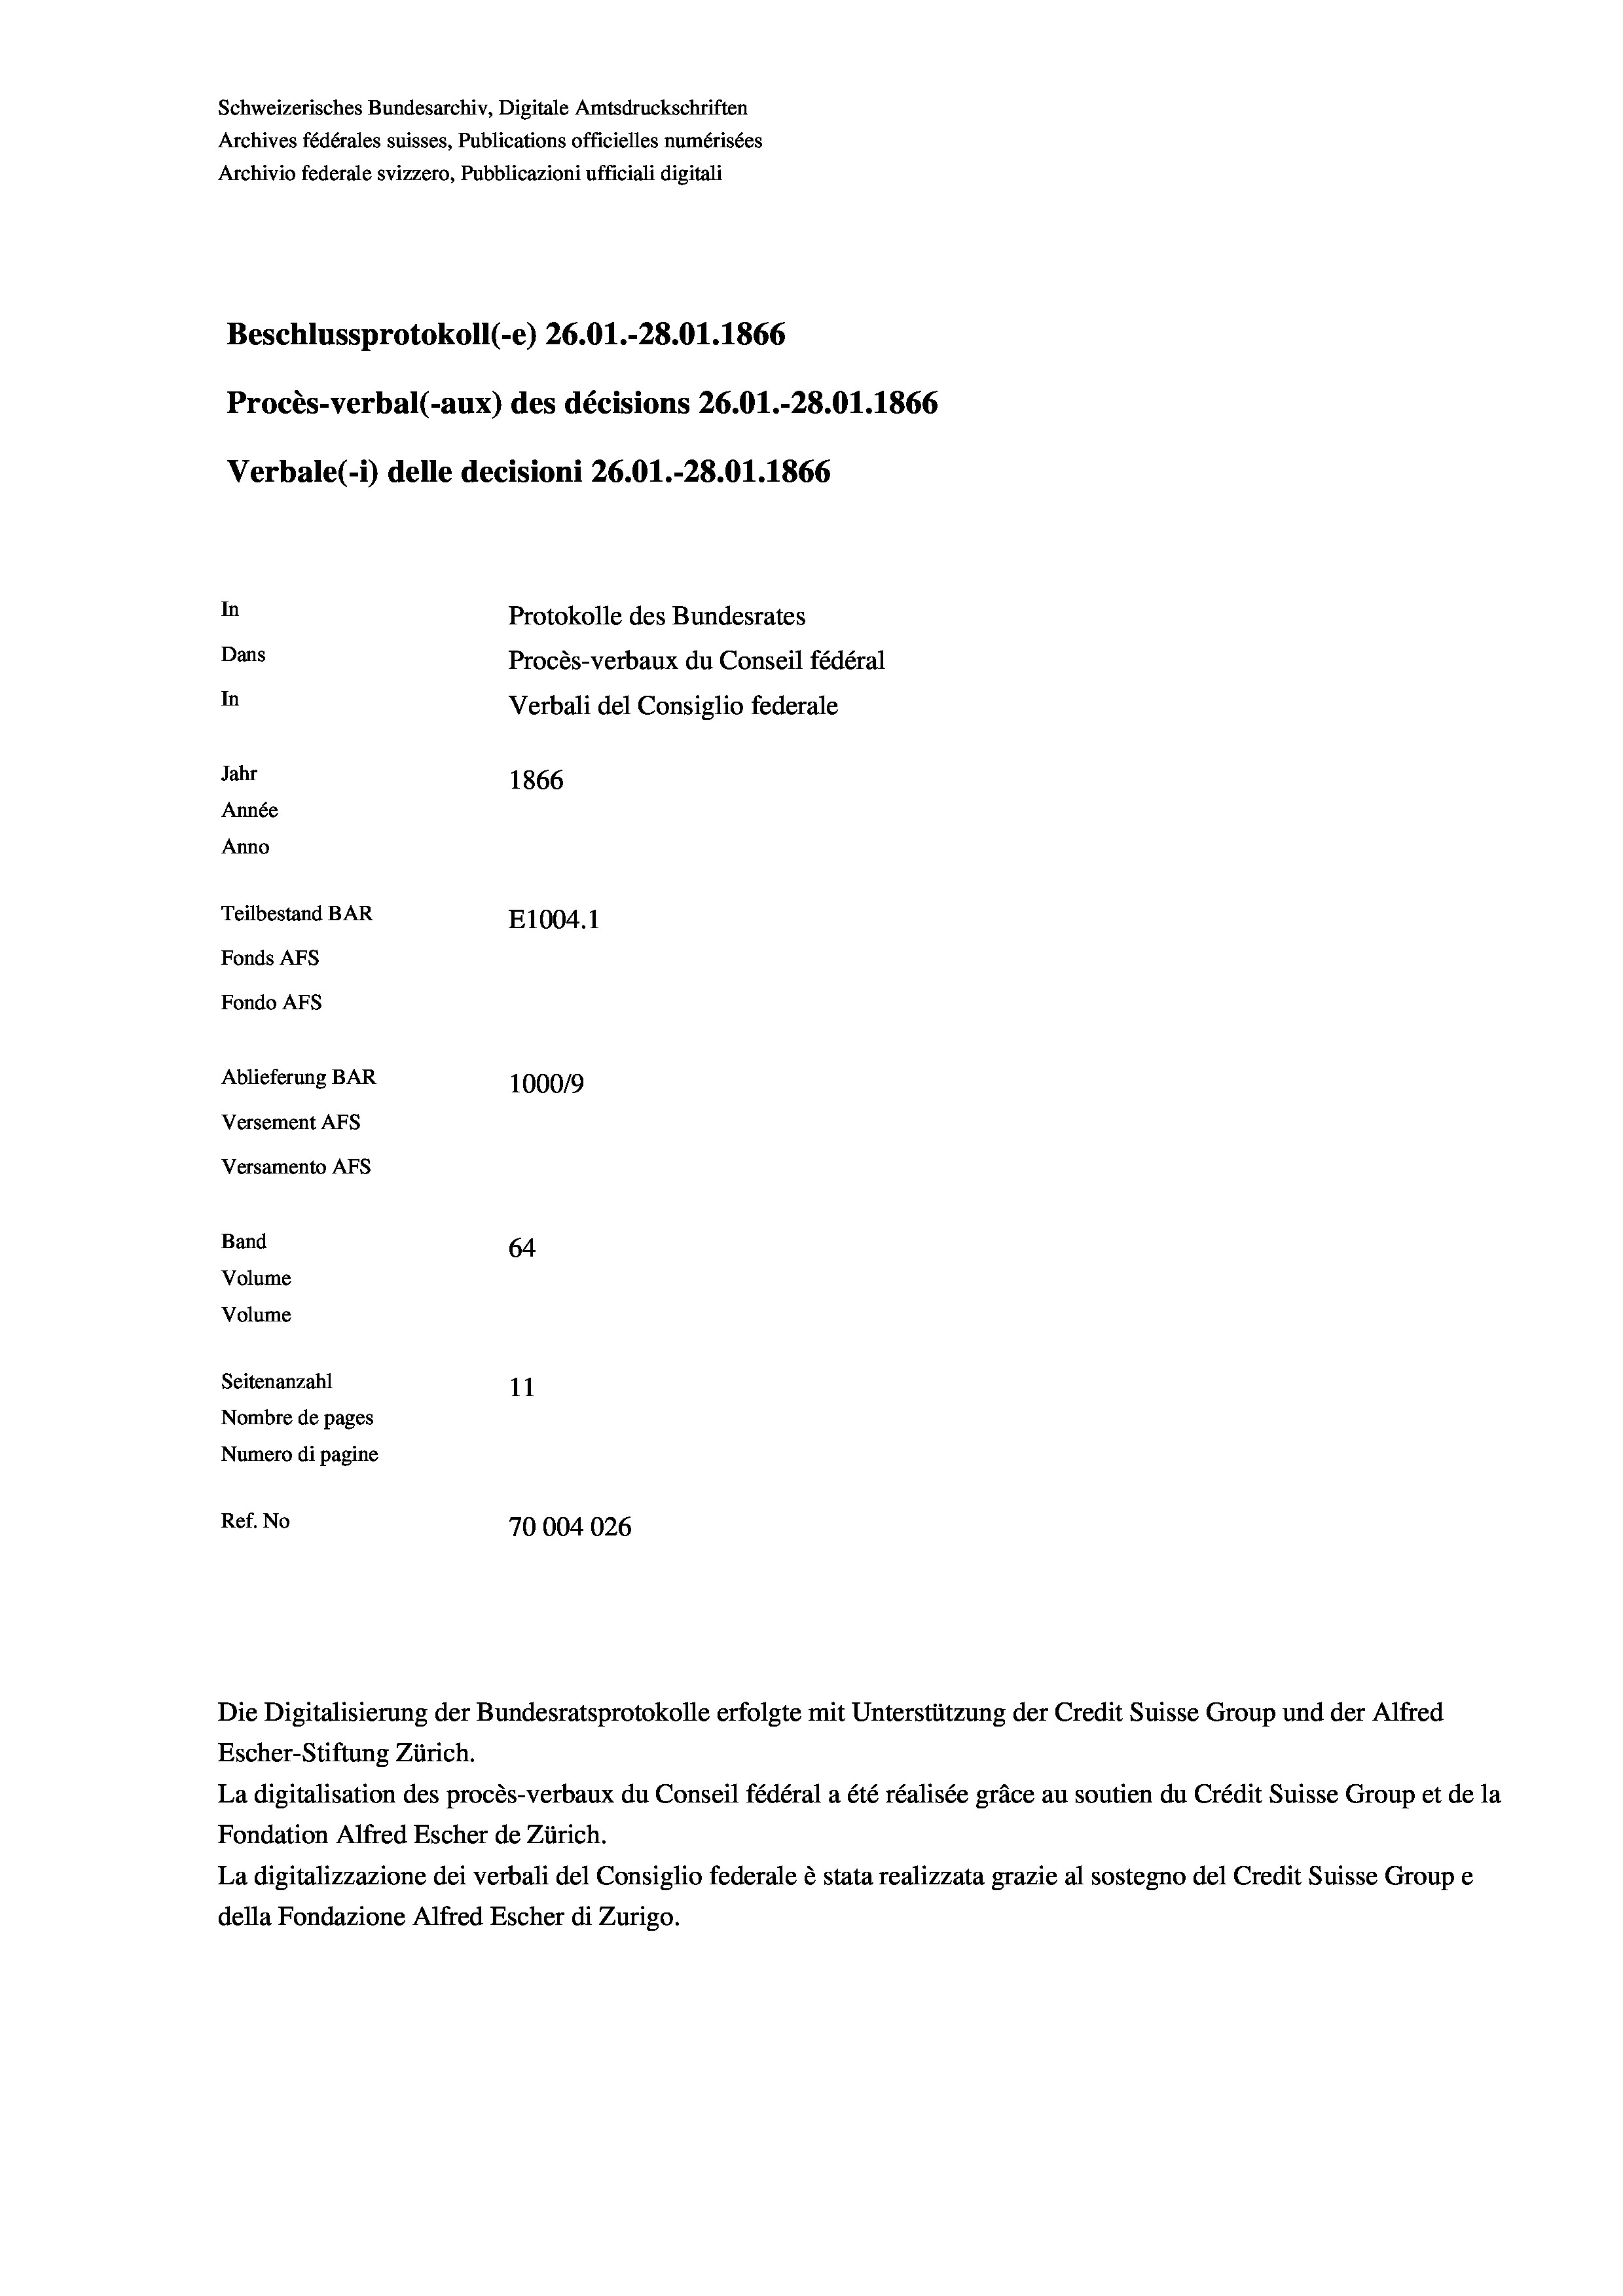
Schweizerisches Bundesarchiv, Digitale Amtsdruckschriften
Archives fédérales suisses, Publications officielles numérisées
Archivio federale svizzero, Pubblicazioni ufficiali digitali
Beschlussprotokoll (-e) 26.01.-28.01. 1866
Procès-verbal (-aux) des décisions 26.01.-28.01. 1866
Verbale (- 1) delle decisioni 26.01.-28.01. 1866
In
Protokolle des Bundesrates
Dans
Procès-verbaux du Conseil fédéral
In
Verbali del Consiglio federale
Jahr
1866
Année
Anno
Teilbestand BAR
E1004.1
Fonds AFs
Fondo Afs
Ablieferung BAR
100019
Versement AFs
Versamento Afs
Band
64
Volume
Volume
Seitenanzahl
11
Nombre de pages
Numero di pagine

Ref. No
70004026

Escher-Stiftung Zürich.
La digitalisation des procès-verbaux du Conseil fédéral a été réalisée gräce au soutien du Crédit Suisse Group et de la
Fondation Alfred Escher de Zürich.
La digitalizzazione dei verbali del Consiglio federale è stata realizzata grazie al sostegno del Credit Suisse Groupe
della Fondazione Alfred Escher di Zurigo.

Die Digitalisierung der Bundesratsprotokolle erfolgte mit Unterstützung der Credit Suisse Group und der Alfred